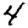
Digit: 4